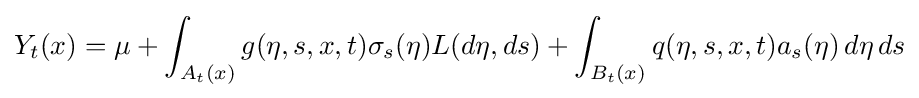
Y_{t}(x)=\mu +\int _{A_{t}(x)}g(\eta ,s,x,t)\sigma _{s}(\eta )L(d\eta ,ds)+\int _{B_{t}(x)}q(\eta ,s,x,t)a_{s}(\eta )\,d\eta \,ds